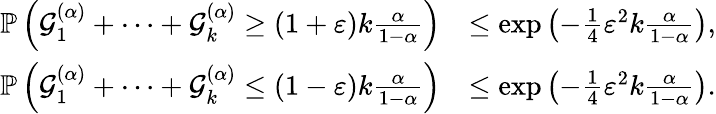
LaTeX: \begin{array}{rl}{\mathbb{P}\left(\mathcal{G}_{1}^{(\alpha)}+\dots+\mathcal{G}_{k}^{(\alpha)}\geq(1+\varepsilon)k\frac{\alpha}{1-\alpha}\right)}&{\leq\exp\left(-\frac{1}{4}\varepsilon^{2}k\frac{\alpha}{1-\alpha}\right),}\\ {\mathbb{P}\left(\mathcal{G}_{1}^{(\alpha)}+\dots+\mathcal{G}_{k}^{(\alpha)}\leq(1-\varepsilon)k\frac{\alpha}{1-\alpha}\right)}&{\leq\exp\left(-\frac{1}{4}\varepsilon^{2}k\frac{\alpha}{1-\alpha}\right).}\end{array}